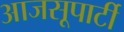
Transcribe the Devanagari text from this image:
आजसूपार्टी